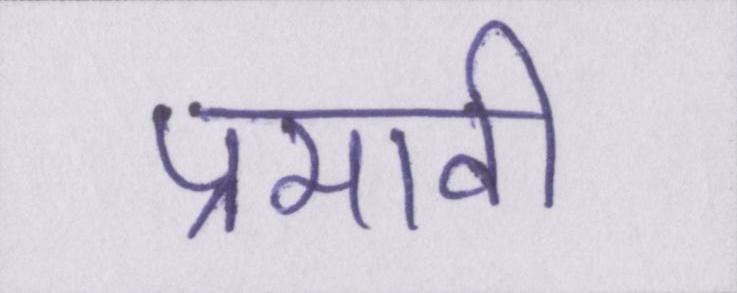
प्रभावी